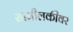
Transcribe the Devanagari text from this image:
सामीलकीवर